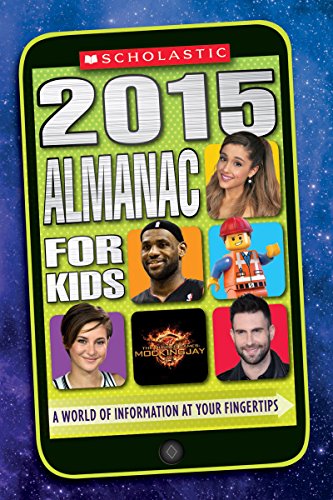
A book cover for Scholastic Almanac for Kids 2015; Scholastic; Children's Books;